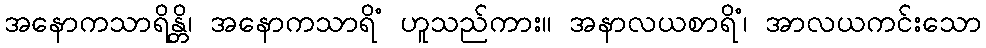
အနောကသာရိန္တိ၊ အနောကသာရိံ ဟူသည်ကား။ အနာလယစာရိံ၊ အာလယကင်းသော